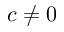
c \neq 0